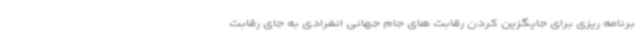
برنامه ریزی برای جایگزین کردن رقابت های جام جهانی انفرادی به جای رقابت